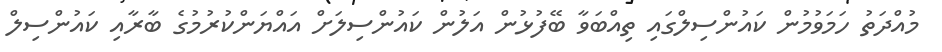
މުއްދަތު ހަމަވުމުން ކައުންސިލްގައި ތިއްބަވާ ބޭފުޅުން އަލުން ކައުންސިލަށް އައްޔަންކުރުމުގެ ބާރާއި ކައުންސިލް